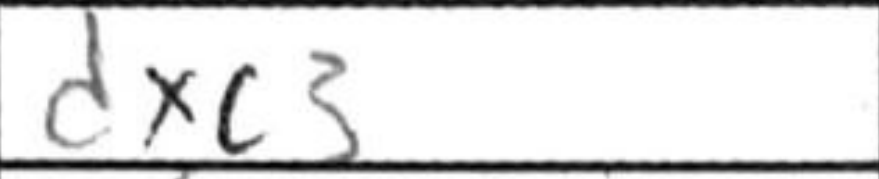
Transcription: dxc3